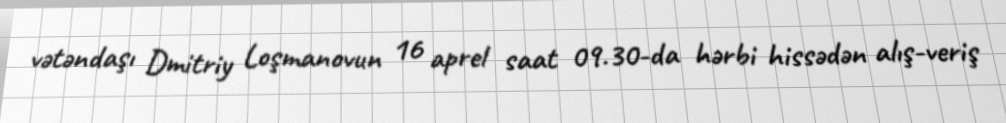
vətəndaşı Dmitriy Loşmanovun 16 aprel saat 09.30-da hərbi hissədən alış-veriş